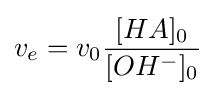
v_{e}=v_{0}{\frac {[HA]_{0}}{[OH^{-}]_{0}}}